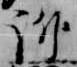
訴